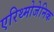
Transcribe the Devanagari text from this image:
एरिथ्मोजेनिक